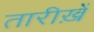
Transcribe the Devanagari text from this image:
तारीख़ें